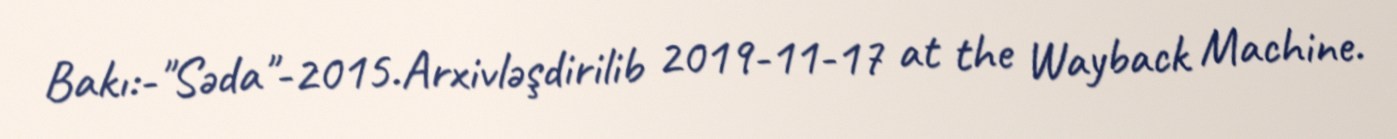
Bakı:-"Səda"-2015.Arxivləşdirilib 2019-11-17 at the Wayback Machine.